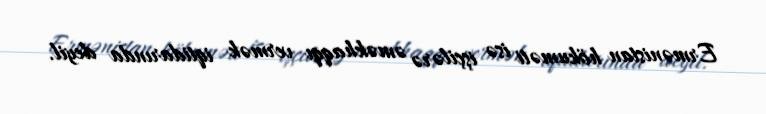
Ermənistan hökuməti isə işçilərə əməkhaqqı vermək iqtidarında deyil.